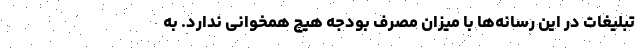
تبلیغات در این رسانه‌ها با میزان مصرف بودجه هیچ همخوانی ندارد. به